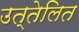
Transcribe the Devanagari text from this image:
उत्तेलित